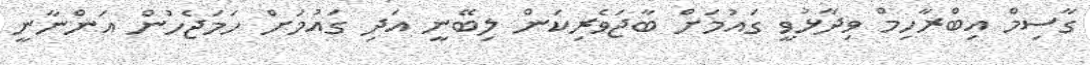
ގާސިމް އިބްރާހިމް ވިދާޅުވީ ގައުމަށް ބާޖަވެރިކަން ލިބޭނީ އަދި ގައުމަށް ހަމަޖެހުން އަންނާނީ